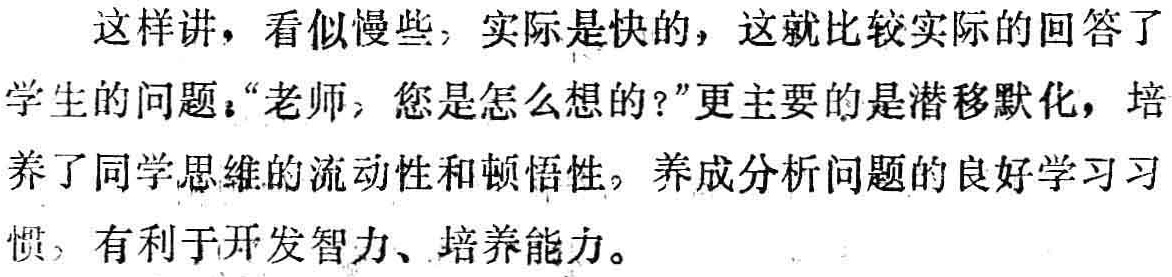
这样讲，看似慢些，实际是快的，这就比较实际的回答了
学生的问题：“老师，您是怎么想的？”更主要的是潜移默化，培
养了同学思维的流动性和顿悟性，养成分析问题的良好学习习
惯，有利于开发智力、培养能力。